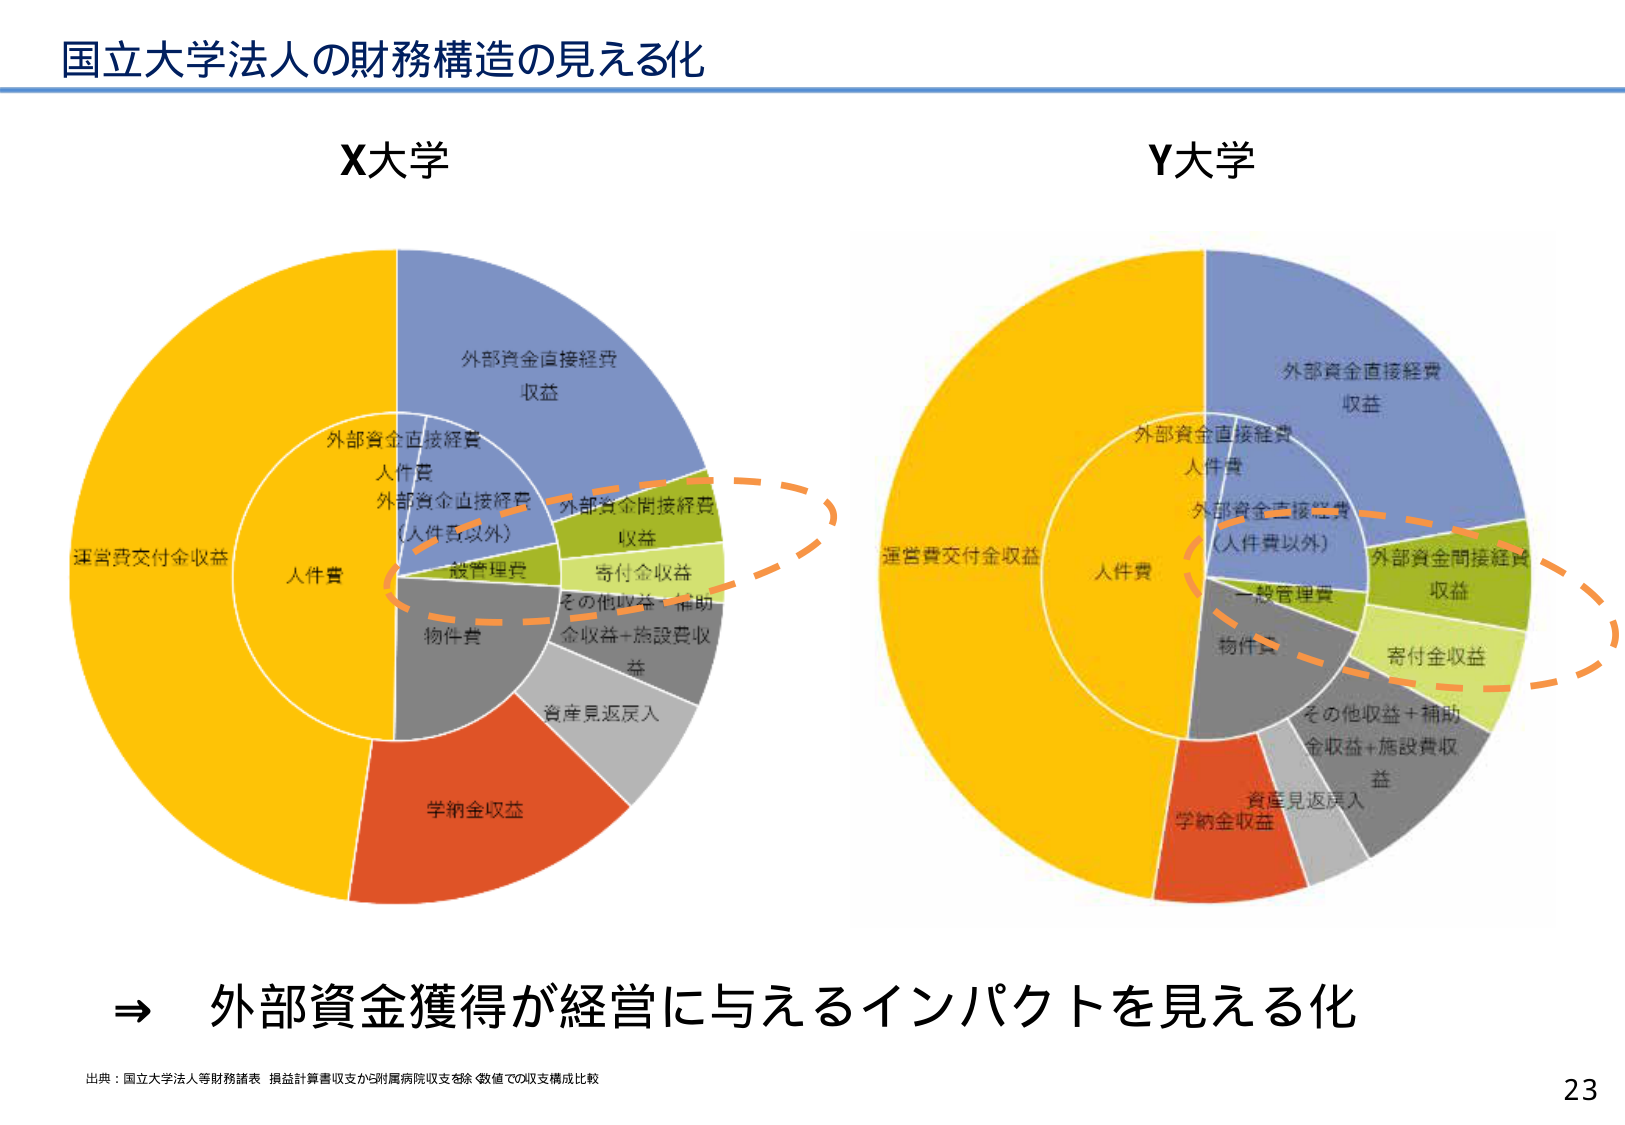
国立大学法人の財務構造の見える化

X大学
外部資金直接経費
収益
外部資金直接経費
人件費
外部資金直接経費
（人件費以外）
一般管理費
寄付金収益
その他収益＋補助
金収益＋施設費収
益
資産見返戻入
学納金収益
運営費交付金収益
物件費

Y大学
外部資金直接経費
収益
外部資金直接経費
人件費
外部資金直接経費
（人件費以外）
一般管理費
寄付金収益
その他収益＋補助
金収益＋施設費収
益
資産見返戻入
学納金収益
運営費交付金収益
物件費
外部資金間接経費
収益

⇒ 外部資金獲得が経営に与えるインパクトを見える化

出典：国立大学法人等財務諸表 損益計算書収支から附属病院収支を除く数値での収支構成比較

23